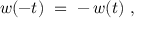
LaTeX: w ( - t ) ~ = \; - \, w ( t ) ~ ,